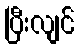
ပြီးလျင်